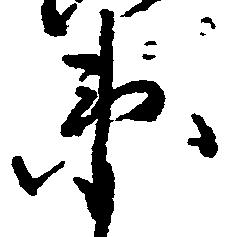
衛